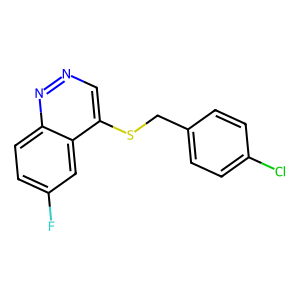
SMILES: Fc1ccc2nncc(SCc3ccc(Cl)cc3)c2c1
Inhibits HIV replication: No